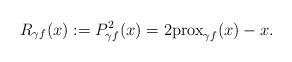
LaTeX: \begin{align*}R_{\gamma f}(x):=P_{\gamma f}^2(x)=2{\rm{prox}}_{\gamma f}(x)-x.\end{align*}